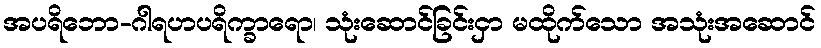
အပရိဘော-ဂါရဟပရိက္ခာရော၊ သုံးဆောင်ခြင်းငှာ မထိုက်သော အသုံးအဆောင်